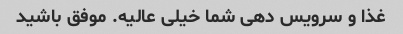
غذا و سرویس دهی شما خیلی عالیه. موفق باشید